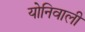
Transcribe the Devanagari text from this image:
योनिवाली